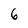
Character: 6